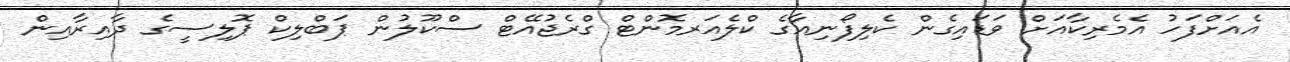
އެއަށްފަހު އެމެރިކާއަށް ވަޑައިގެން ކެލިފޯނިއާގެ ކްލެއަރމޮންޓް ގްރެޖުއޭޓް ސްކޫލުން ޕަބްލިކް ޕޮލިސީގެ ދާއިރާއިން